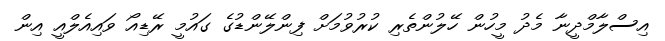
އިސްލާމްދީނާ މެދު މީހުން ހޭލުންތެރި ކުރުވުމަށް ފިންލޭންޑުގެ ގައުމީ ރޭޑިއޯ ވައިއެލްއީ އިން